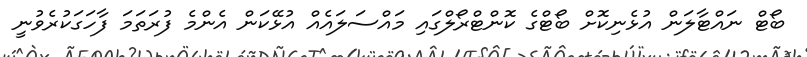
ބޯޓް ނައްޓާލަން އުޅެނިކޮށް ބޯޓްގެ ކޮންޓްރޯލްގައި މައްސަލައެއް އުޅޭކަން އެންމެ ފުރަތަމަ ފާހަގަކުރެވުނީ